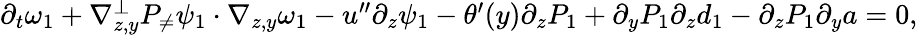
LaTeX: \begin{array}{r}{\partial_{t}\omega_{1}+\nabla_{z,y}^{\bot}P_{\neq}\psi_{1}\cdot\nabla_{z,y}\omega_{1}-u^{\prime\prime}\partial_{z}\psi_{1}-\theta^{\prime}(y)\partial_{z}P_{1}+\partial_{y}P_{1}\partial_{z}d_{1}-\partial_{z}P_{1}\partial_{y}a=0,}\end{array}